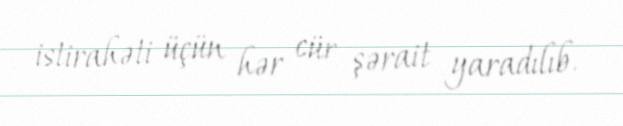
istirahəti üçün hər cür şərait yaradılıb.